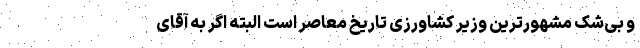
و بی‌شک مشهورترین وزیر کشاورزی تاریخ معاصر است البته اگر به آقای